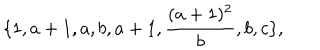
\{ 1 , a + 1 , a , b , a + 1 , \frac { ( a + 1 ) ^ { 2 } } { b } , b , c \} ,